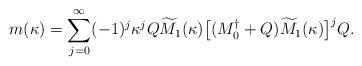
LaTeX: \begin{align*}m(\kappa)=\sum_{j=0}^{\infty}(-1)^j\kappa^jQ\widetilde{M}_1(\kappa)\bigl[(M_0^\dagger+Q)\widetilde{M}_1(\kappa)\bigr]^{j}Q.\end{align*}